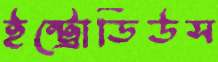
ইন্ট্রোডিউস